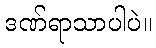
ဒဏ်ရာသာပါပဲ။